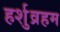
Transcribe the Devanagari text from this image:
हर्शुव्रहम